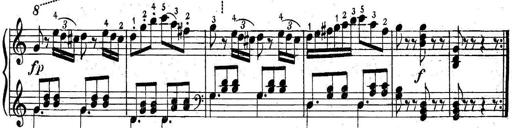
Title: 6 Easy Sonatinas
Composer: Carl Czerny